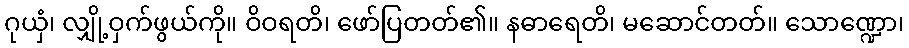
ဂုယှံ၊ လျှို့ဝှက်ဖွယ်ကို။ ဝိဝရတိ၊ ဖော်ပြတတ်၏။ နဓာရေတိ၊ မဆောင်တတ်။ သောဏ္ဍော၊